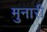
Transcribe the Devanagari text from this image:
मुनारी